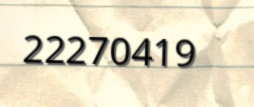
22270419